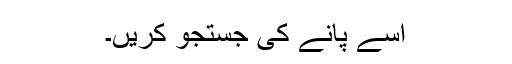
اِسے پانے کی جستجو کریں۔